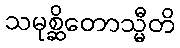
သမုစ္ဆိတောသ္မီတိ